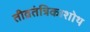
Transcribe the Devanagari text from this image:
तीव्रतंत्रिकाशोथ